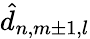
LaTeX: \hat{d}_{n,m\pm 1,l}